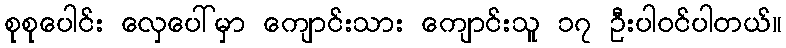
စုစုပေါင်း လှေပေါ်မှာ ကျောင်းသား ကျောင်းသူ ၁၇ ဦးပါဝင်ပါတယ်။